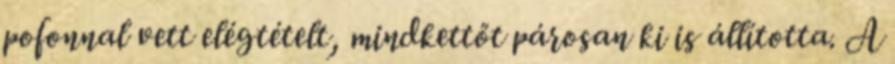
pofonnal vett elégtételt, mindkettőt párosan ki is állította. A